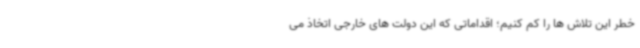
خطر این تلاش ها را کم کنیم؛ اقداماتی که این دولت های خارجی اتخاذ می